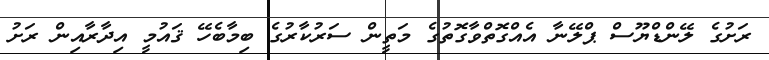
ރަށުގެ ލޭންޑްޔޫސް ޕްލޭނާ އެއްގޮތްވާގޮތުގެ މަތީން ސަރުކާރުގެ ބިމާބެހޭ ޤައުމީ އިދާރާއިން ރަށު